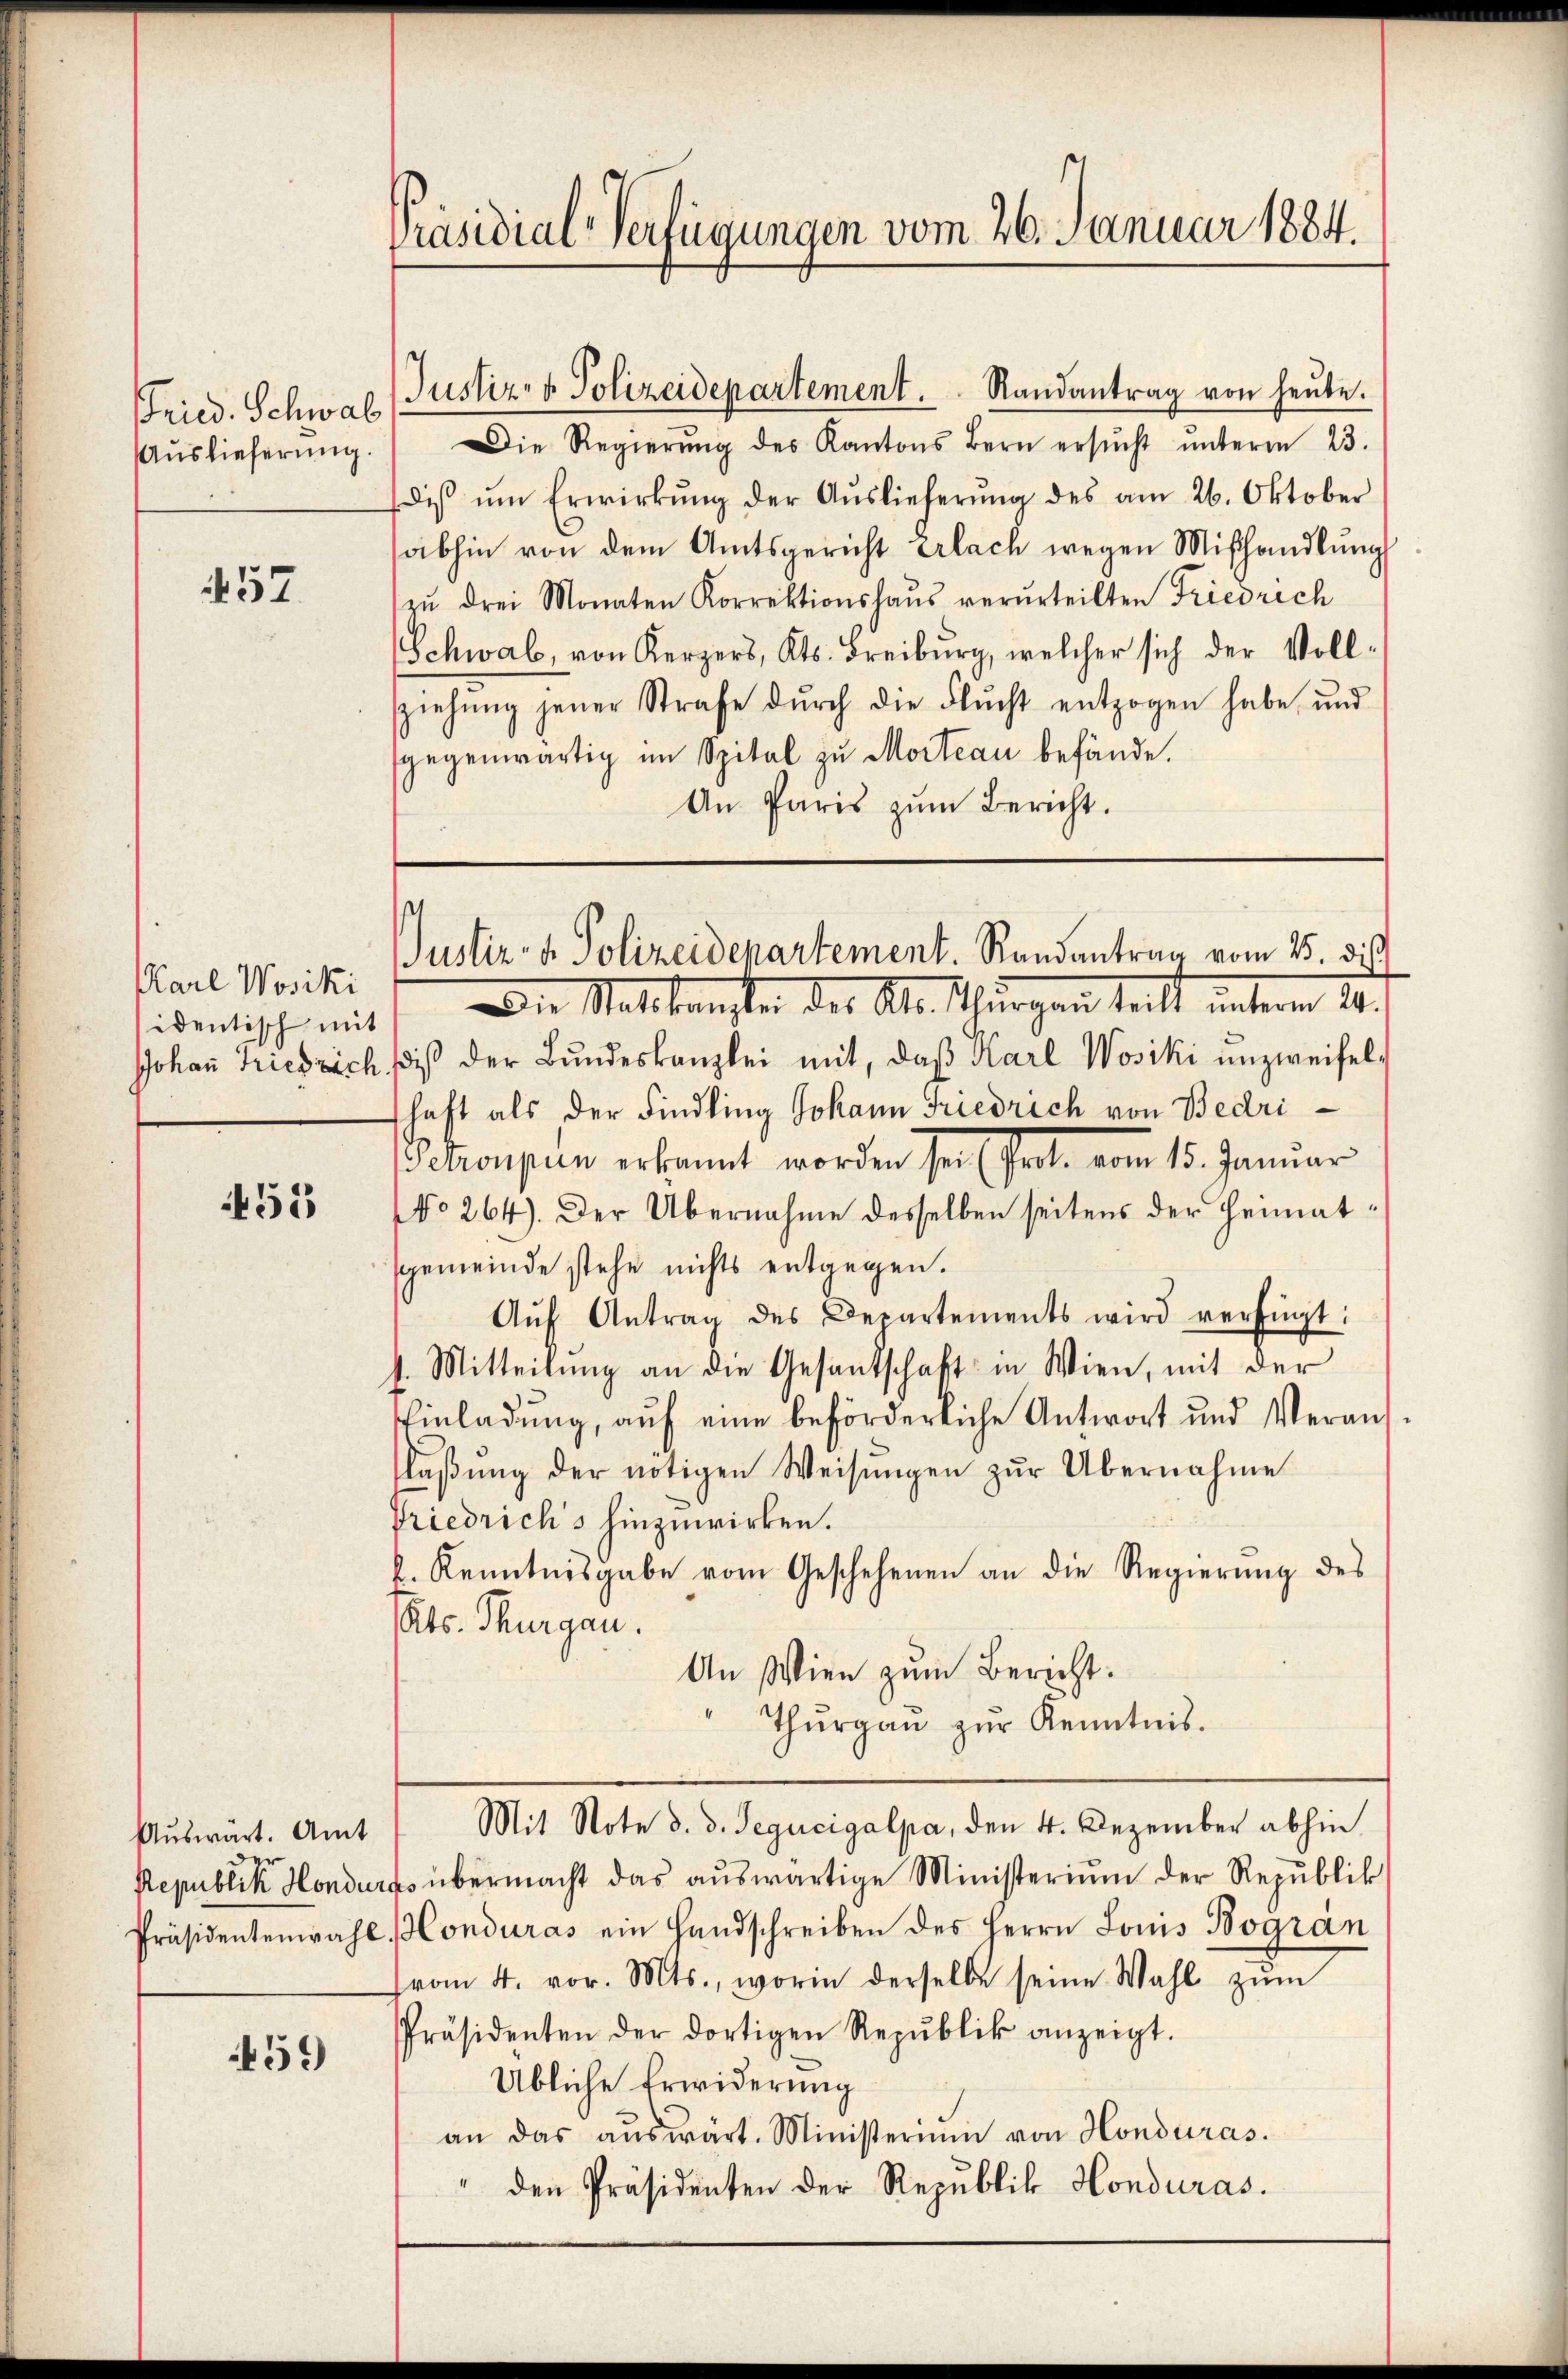
Auslieferung.

452

Karl Wosiki
sidentisch mit

455

de

459

Präsidial-Verfügungen vom 26. Januar 1884.

Fried. Schwal Justiz- & Polizeidepartement. Randantrag von heute.
Die Regierŭng des Kantons Bern ersŭcht ŭnterm 23.
diβ ŭm Erwirkŭng der Aŭslieferŭng des am 26. Oktober
abhin von dem Amtsgericht Erlach wegen Mißhandlung
zŭ drei Monaten Korrektionshaŭs verurteilten Friedrich
Schwab, von Kerzers, Kts. Freiburg, welcher sich der Voll-
ziehŭng jener Strafe dŭrch die Flŭcht entzogen habe und
sgegenwärtig im Spital zu Morteau befände.
An Paris zŭm Bericht.

Die Stattkasten des Kts. Thurgau teilt unterm 21.
Johan Friedrich, dieß der Bundeskanzlei mit, daß Karl Wosiki unzweifel-
haft als der Findling Johann Friedrich von Bedrickompen erkannt worden sei (seit vom 15. Januar
NNo. 264). Der Übernahme desselben seitens der Heimatsgemeinde stehe nichts entgegen.
Aŭf Antrag des Departements wird verfügt:
t. Mitteilung an die Gesandschaft in Wien, mit der
Einladung, auf eine beförderliche Antwort und Veranslaβŭng der nötigen Weisungen zur Übernahme
friedrich's hinzuwirken.
k. Kenntnisgabe vom Geschehenen an die Regierung des
Kts. Thurgau.
An Wien zum Bericht:
Thŭrgaŭ zŭr Kenntnis.
Aŭswart. Amt 1 Mit Note d. d. Segucigalpa, den 4. Dezember abhin
Republik Honduras übermacht das auswärtige Ministerium der Republik
Präsidentenwahl. Honduras ein Handschreiben des Herrn Louis Bogrän
(vom 4. vor. Mts., worin derselbe seine Wahl zŭm
Präsidenten der dortigen Republik anzeigt.
Übliche Erwiderung
an das aŭswärt. Ministerium von Honduras.
den Präsidenten der Republik Honduras.

Justiz- u. Polizeidepartement. Randantrag vom 15. dis